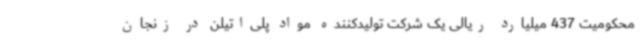
محکومیت 437 میلیارد ریالی یک شرکت تولیدکننده مواد پلی‌اتیلن در زنجان